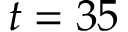
t = 3 5